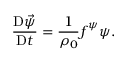
\frac { \mathrm { D } \vec { \psi } } { \mathrm { D } t } = \frac { 1 } { \rho _ { 0 } } \boldsymbol { f } ^ { \psi } \boldsymbol { \psi } .